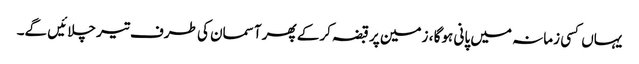
یہاں کسی زمانہ میں پانی ہوگا ، زمین پر قبضہ کرکے پھر آسمان کی طرف تیر چلائیں گے۔